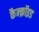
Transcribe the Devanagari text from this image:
कैन्क्रॉइड